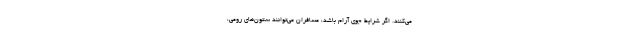
می‌کنند. اگر شرایط جوی آرام باشد، مسافران می‌توانند ستون‌های رومی،